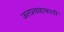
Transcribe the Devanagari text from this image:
जलप्रवाहाकाठी